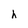
Character: h